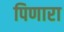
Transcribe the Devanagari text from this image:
पिणारा